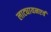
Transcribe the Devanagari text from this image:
लाट्यायनएवं